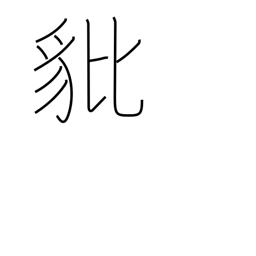
Meaning: brave heraldic beast